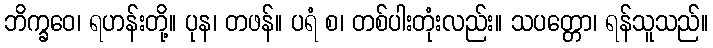
ဘိက္ခဝေ၊ ရဟန်းတို့။ ပုန၊ တဖန်။ ပရံ စ၊ တစ်ပါးတုံးလည်း။ သပတ္တော၊ ရန်သူသည်။